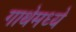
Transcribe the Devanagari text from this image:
गाथेमध्ये